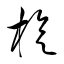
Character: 旋